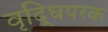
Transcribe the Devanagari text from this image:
वृद्धिपरक